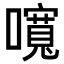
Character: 𡂷